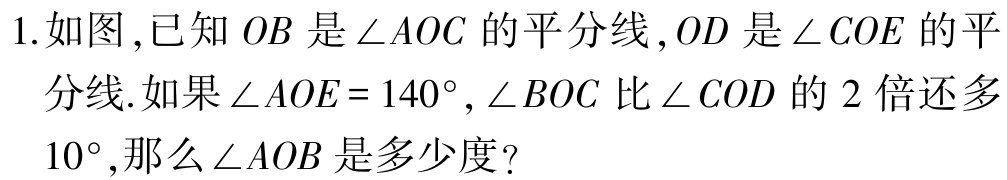
1.如图,已知 \(OB\) 是 \(\angle AOC\) 的平分线,\(OD\) 是 \(\angle COE\) 的平分线.如果 \(\angle AOE = 140^{\circ}\), \(\angle BOC\) 比 \(\angle COD\) 的 \(2\) 倍还多 \(10^{\circ}\),那么 \(\angle AOB\) 是多少度?